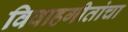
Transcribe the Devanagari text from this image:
विवाहगीतांचा